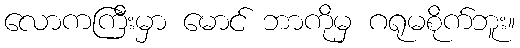
လောကကြီးမှာ မောင် ဘာကိုမှ ဂရုမစိုက်ဘူး။